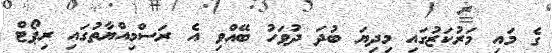
ގެ މައި މަރުކަޒުގައި މިދިޔަ ބުދަ ދުވަހު ބޭއްވި އެ ރަސްމިއްޔާތުގައި ރިޕޯޓް